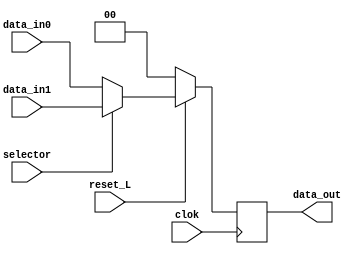
module Mux_Conductual (
	output reg	[1:0] data_out,
	input 		clok,
	input 		reset_L,	
	input 		selector,
	input 		[1:0] data_in0,
	input 		[1:0] data_in1);
	reg	[1:0] salida1;            //Variable auxiliar, utl para el funcionamiento interno del mdulo.

	always @ (*) begin
		
		if (selector == 1 )
			salida1 = data_in1;	// Asignacin bloqueante por ser cobinacional
      		else
			salida1 = data_in0;	
    	end


	always @ (posedge clok) begin           //<<   >>
	
		if (reset_L==1)
		
			data_out <= salida1; // Asignacin no bloqueante por ser secuencial.
		else
			data_out <= 'b0;
	end
endmodule